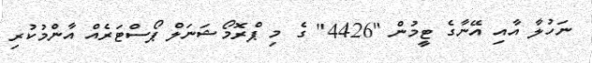
ނަހުލާ އާއި އޭނާގެ ޓީމުން "4426" ގެ މި ޕްރޮމޯޝަނަލް ޕޯސްޓަރެއް އާންމުކުރި